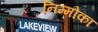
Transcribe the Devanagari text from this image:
निम्मोका